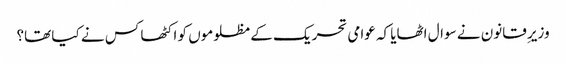
وزیرِ قانون نے سوال اٹھایا کہ عوامی تحریک کے مظلوموں کو اکٹھا کس نے کیا تھا؟